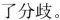
了分歧。